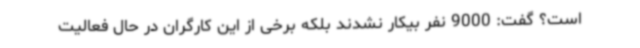
است؟ گفت: 9000 نفر بیکار نشدند بلکه برخی از این کارگران در حال فعالیت